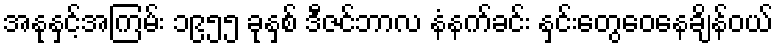
အနုနှင့်အကြမ်း ၁၉၅၅ ခုနှစ် ဒီဇင်ဘာလ နံနက်ခင်း နှင်းတွေဝေနေချိန်ဝယ်